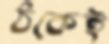
ঠকেই